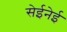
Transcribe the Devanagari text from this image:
सेईनेई